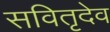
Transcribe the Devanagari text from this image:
सवितृदेव